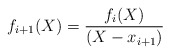
\begin{align*}f_{i+1}(X) = \frac{f_i(X)}{(X-x_{i+1})}\end{align*}